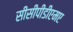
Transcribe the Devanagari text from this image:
सीसीपीडीएमए